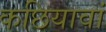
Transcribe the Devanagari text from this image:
कछियावां